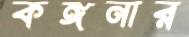
কঙ্গনার